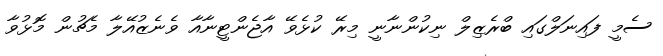
ސެމީ ފައިނަލްގައި ބްރެޒިލް ނިކުންނާނީ މިރޭ ކުޅެވޭ އާޖެންޓީނާއާ ވެނެޒުއޭލާ މެޗުން މޮޅުވާ